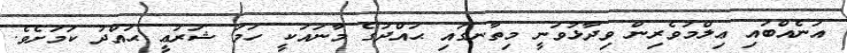
އަނެއްބައި ޢިލްމުވެރިން ވިދާޅުވަނީ މިތާނގައި ޙައްދުގެ މާނައަކީ ހަމަ ޝަރުޢީ ޙައްދު ކަމަށެވެ.